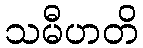
သမီဟတိ